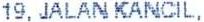
19, JALAN KANCIL,